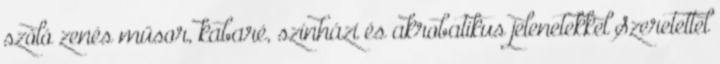
szóló zenés műsor, kabaré, színházi és akrobatikus jelenetekkel Szeretettel